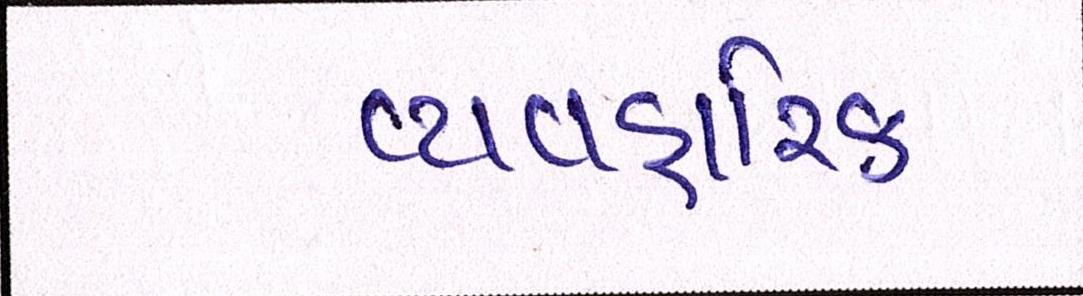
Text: વ્યવહારિક